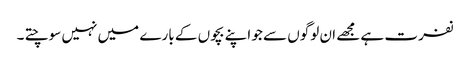
نفرت ہے مجھے ان لوگوں سے جو اپنے بچوں کے بارے میں نہیں سوچتے ۔